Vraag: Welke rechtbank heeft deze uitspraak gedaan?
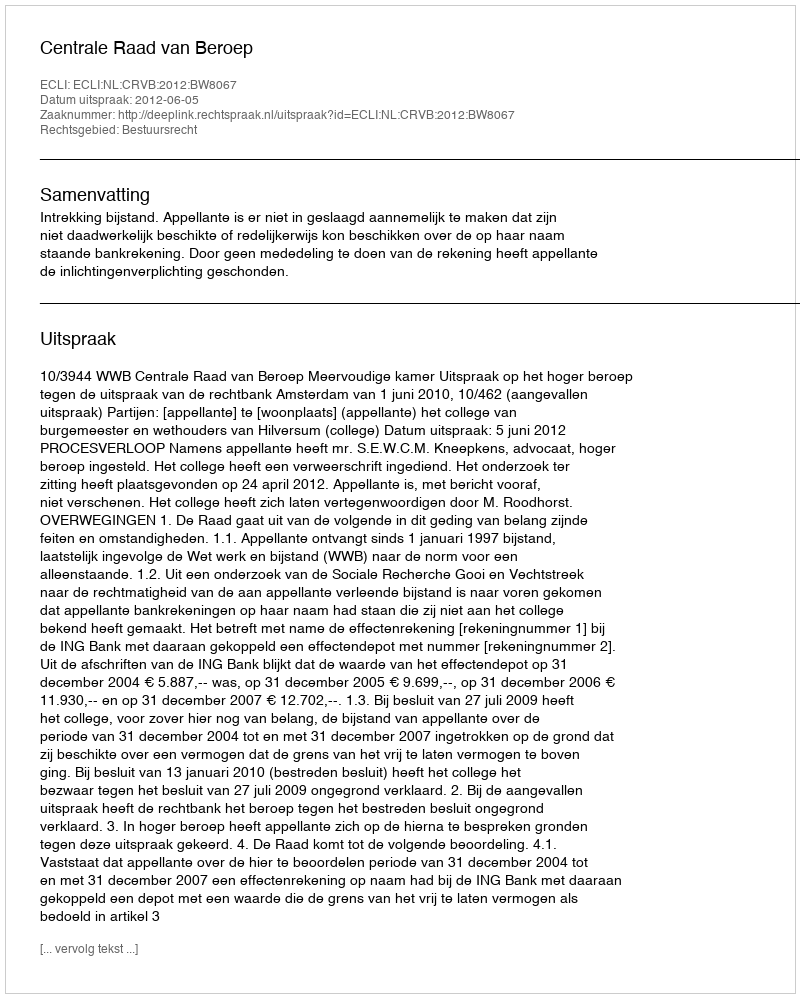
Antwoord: Centrale Raad van Beroep